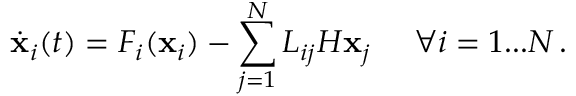
\dot { { \bf x } } _ { i } ( t ) = F _ { i } ( { \bf x } _ { i } ) - \sum _ { j = 1 } ^ { N } L _ { i j } H { \bf x } _ { j } \quad \, \, \forall i = 1 . . . N \, .